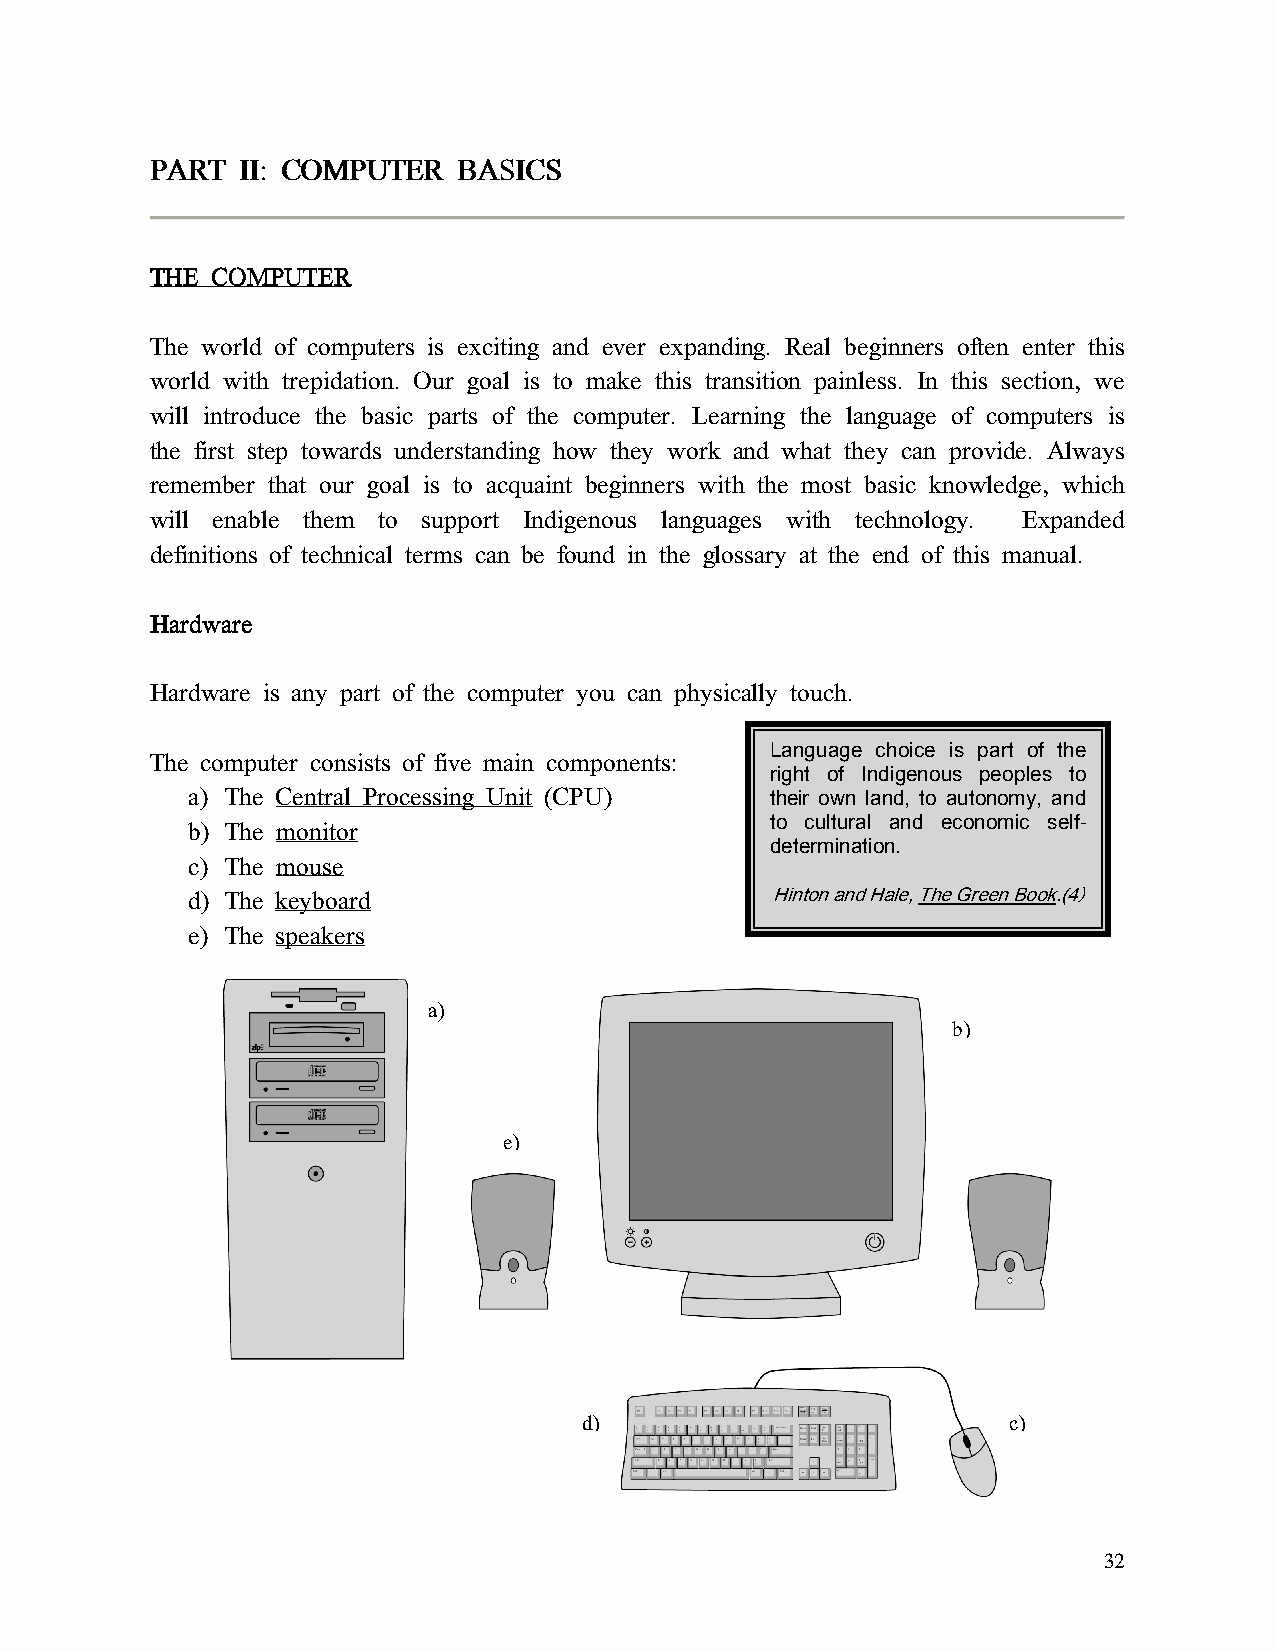
PPPPAAAARRRRTTTT IIIIIIII:::: CCCCOOOOMMMMPPPPUUUUTTTTEEEERRRR BBBBAAAASSSSIIIICCCCSSSS
 TTTTHHHHEEEE CCCCOOOOMMMMPPPPUUUUTTTTEEEERRRR
 The world of computers is exciting and ever expanding. Real beginners often enter this
 world with trepidation. Our goal is to make this transition painless. In this section, we
 will introduce the basic parts of the computer. Learning the language of computers is
 the first step towards understanding how they work and what they can provide. Always
 remember that our goal is to acquaint beginners with the most basic knowledge, which
 will enable them to support Indigenous languages with technology. Expanded
 definitions of technical terms can be found in the glossary at the end of this manual.
 HHHHaaaarrrrddddwwwwaaaarrrreeee
 Hardware is any part of the computer you can physically touch.
 Language choice is part of the
 The computer consists of five main components:
 right of Indigenous peoples to
 a) The Central Processing Unit (CPU)   their own land, to autonomy, and
 to cultural and economic self-
 b) The monitor
 determination.
 c) The mouse
 d) The keyboard                        Hinton and Hale, The Green Book.(4)
 e) The speakers
 a)
 b)
 e)
 d)                          c)
 32